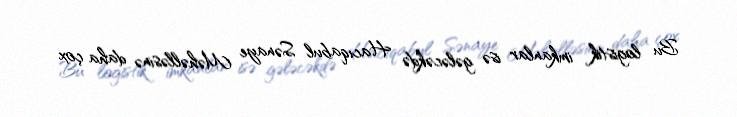
Bu logistik imkanlar isə gələcəkdə Hacıqabul Sənaye Məhəlləsinə daha çox